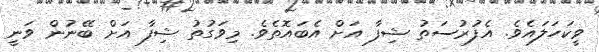
ވީކަހަލައެވެ. އެފުރުސަތު ޝިފާ އަށް އެބައޮތެވެ. މިވަގުތު ޝިފާ އަށް ބޭނުން ވަނީ